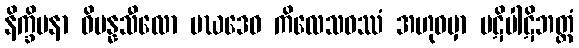
နိက္ခိပနာ ဝိပန္နသီလော မဃဒေဝ ကိလေသဝဿံ အဟုဝမှာ ပဋိပါဋိဘတ္တံ